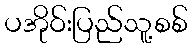
ပအိုဝ်းပြည်သူ့စစ်